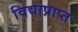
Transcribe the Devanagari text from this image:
विद्याप्राप्त